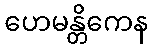
ဟေမန္တိကေန